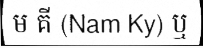
ម គី (Nam Ky) ឬ